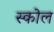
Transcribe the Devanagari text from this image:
स्कोल